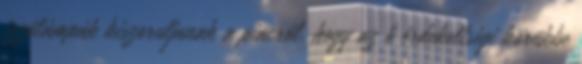
izzólámpák kiszoruljanak a piacról, hogy az ő érdekeltségi körükbe